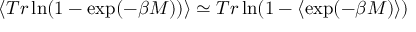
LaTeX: \langle T r \ln ( 1 - \exp ( - \beta M ) ) \rangle \simeq T r \ln ( 1 - \langle \exp ( - \beta M ) \rangle )